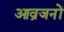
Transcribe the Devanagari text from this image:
आव्रजनों